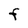
Character: F